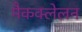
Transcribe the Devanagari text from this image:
मैकक्लेलन